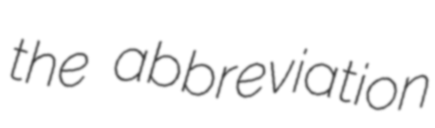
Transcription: the abbreviation